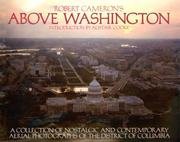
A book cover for Above Washington - A Collection Of Nostalgic And Contemporary Aerial Photographs Of The District Of Columbia; Robert Cameron; Travel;